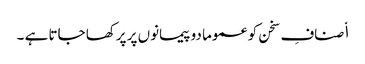
ا٘صنافِ سخن کو عموما دو پیمانوں پر پرکھا جاتا ہے ۔